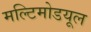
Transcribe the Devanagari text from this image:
मल्टिमोडयूल